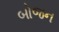
બોજન